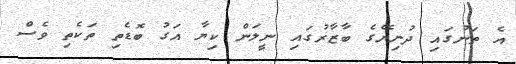
އެ ތަނުގައި ދުނިޔޭގެ ބާޒާރުގައި ނީލަން ކިޔާ އަގު ބޮޑެތި ތަކެތި ވެސް